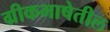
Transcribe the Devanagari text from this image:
ग्रीकभाषेतील